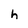
Character: h